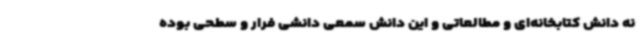
نه دانش کتابخانه‌ای و مطالعاتی و این دانش سمعی دانشی فرار و سطحی بوده